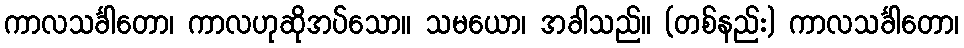
ကာလသင်္ခါတော၊ ကာလဟုဆိုအပ်သော။ သမယော၊ အခါသည်။ (တစ်နည်း) ကာလသင်္ခါတော၊